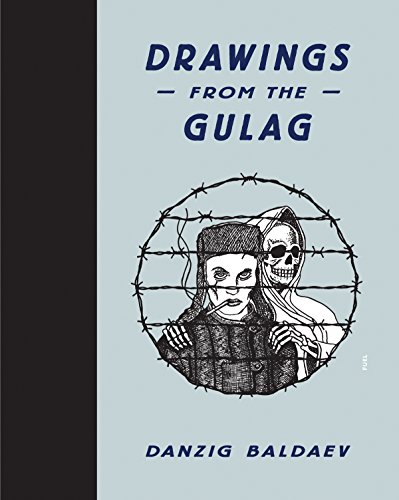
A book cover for Danzig Baldaev: Drawings from the Gulag; Comics & Graphic Novels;